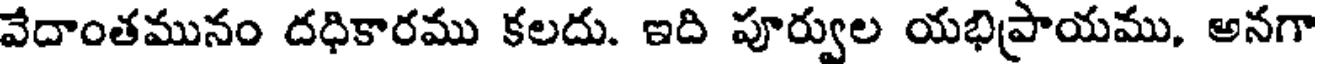
వేదాంతమునం దధికారము కలదు. ఇది పూర్వుల యభిప్రాయము, అనగా